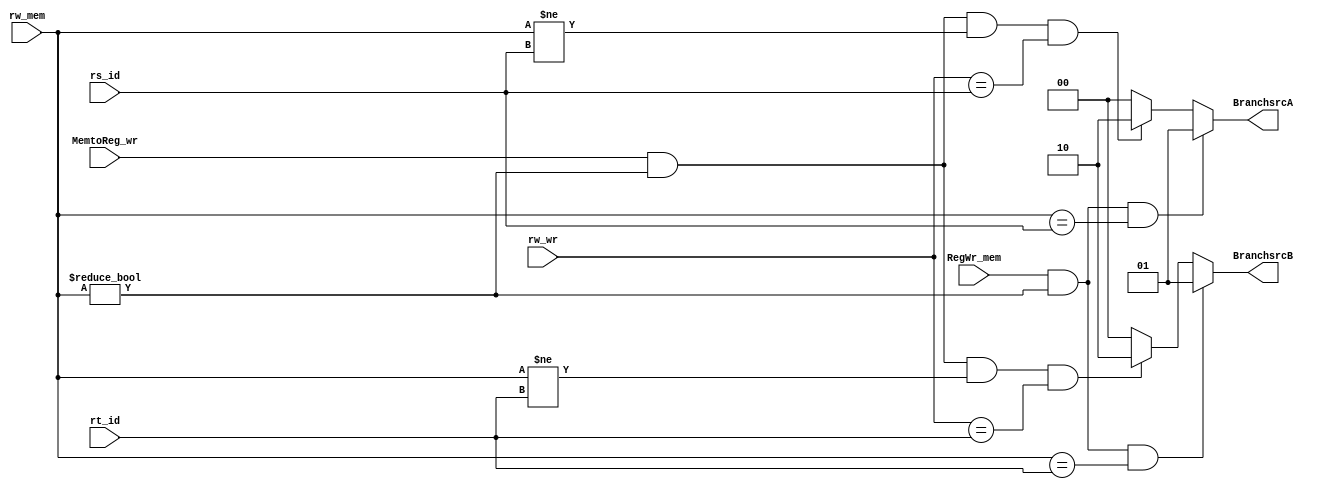

module branch_forward_check(RegWr_mem,rs_id,rt_id,rw_mem,rw_wr, MemtoReg_wr,BranchsrcA,BranchsrcB);
	input  MemtoReg_wr,RegWr_mem;
	input [4:0]rs_id,rt_id,rw_mem,rw_wr;
	output reg[1:0]BranchsrcA,BranchsrcB;
	wire c1a,c2a,c1b,c2b;
	assign c1a = RegWr_mem & rw_mem != 0 & rw_mem == rs_id;	//C1A,C1B,C2A,C2B
	assign c1b = RegWr_mem & rw_mem != 0 & rw_mem == rt_id;
	assign c2a = MemtoReg_wr & rw_mem != 0 & rw_mem != rs_id & rw_wr == rs_id;
	assign c2b = MemtoReg_wr & rw_mem != 0 & rw_mem != rt_id & rw_wr == rt_id;
	always@(RegWr_mem, MemtoReg_wr,rs_id,rt_id,rw_mem,rw_wr)
	begin
		if(c1a==1)			//BranchsrcA,B ,
			BranchsrcA=01;
		else if (c2a==1)
			BranchsrcA=10;
		else
			BranchsrcA=00;
		if(c1b==1)
			BranchsrcB=01;
		else if (c2b==1)
			BranchsrcB=10;
		else 
			BranchsrcB=00;
	end
endmodule